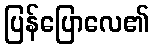
ပြန်ပြောလေ၏